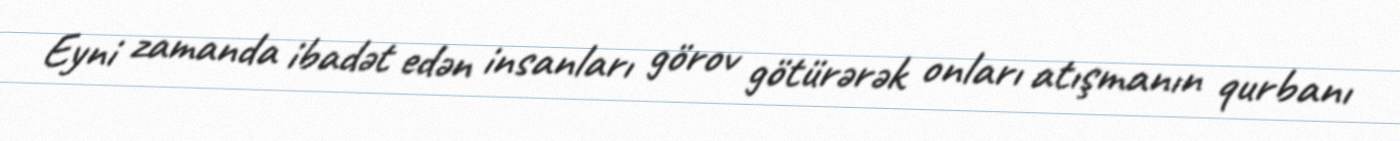
Eyni zamanda ibadət edən insanları görov götürərək onları atışmanın qurbanı